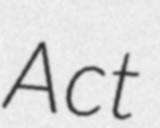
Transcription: Act